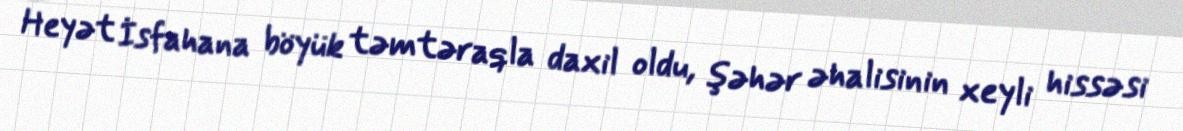
Heyət İsfahana böyük təmtəraqla daxil oldu, şəhər əhalisinin xeyli hissəsi